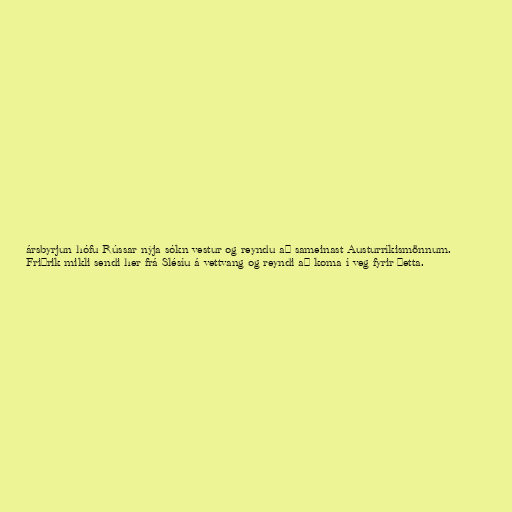
ársbyrjun hófu Rússar nýja sókn vestur og reyndu að sameinast Austurríkismönnum.
Friðrik mikli sendi her frá Slésíu á vettvang og reyndi að koma í veg fyrir þetta.